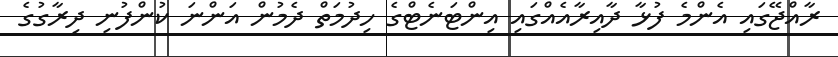
ރާއްޖޭގައި އެންމެ ފުޅާ ދާއިރާއެއްގައި އިންޓަނެޓްގެ ހިދުމަތް ދެމުން އަންނަ ކުންފުނި ދިރާގުގެ